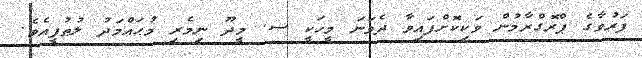
ފަރުވާގެ ޕްރޮގްރާމުން ވަކިކޮށްފައިވާ ދެވަނަ މީހަކީ ސ. މީދޫ ނިމެރި މުޙައްމަދު ލުޠުފީއެވެ.